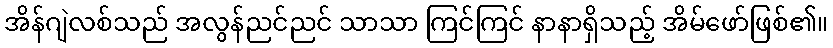
အိန်ဂျဲလစ်သည် အလွန်ညင်ညင် သာသာ ကြင်ကြင် နာနာရှိသည့် အိမ်ဖော်ဖြစ်၏။